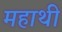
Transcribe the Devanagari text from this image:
महाथी